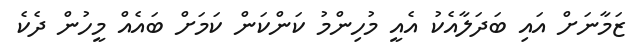
ޒަމާނަށް އައި ބަދަލާއެކު އެއީ މުހިންމު ކަންކަން ކަމަށް ބައެއް މީހުން ދެކެ